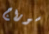
سوراج